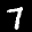
Label: 7